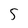
Character: 5